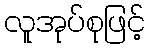
လူအုပ်စုဖြင့်